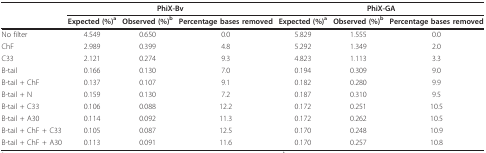
|  | <COLSPAN=3> PhiX-Bv | <COLSPAN=3> PhiX-GA |
 |  | Expected (%)a | Observed (%)b | Percentage bases removed | Expected (%)a | Observed (%)b | Percentage bases removed |
 | --- | --- | --- | --- | --- | --- | --- |
 | No filter | 4.549 | 0.650 | 0.0 | 5.829 | 1.555 | 0.0 |
 | ChF | 2.989 | 0.399 | 4.8 | 5.292 | 1.349 | 2.0 |
 | C33 | 2.121 | 0.274 | 9.3 | 4.823 | 1.113 | 3.3 |
 | B-tail | 0.166 | 0.130 | 7.0 | 0.194 | 0.309 | 9.0 |
 | B-tail + ChF | 0.137 | 0.107 | 9.1 | 0.182 | 0.280 | 9.9 |
 | B-tail + N | 0.159 | 0.130 | 7.2 | 0.187 | 0.310 | 9.5 |
 | B-tail + C33 | 0.106 | 0.088 | 12.2 | 0.172 | 0.251 | 10.5 |
 | B-tail + A30 | 0.114 | 0.092 | 11.3 | 0.172 | 0.262 | 10.5 |
 | B-tail + ChF + C33 | 0.105 | 0.087 | 12.5 | 0.170 | 0.248 | 10.9 |
 | B-tail + ChF + A30 | 0.113 | 0.091 | 11.6 | 0.170 | 0.257 | 10.8 |